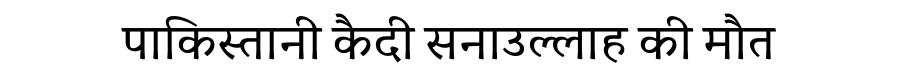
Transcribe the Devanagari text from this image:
पाकिस्तानी कैदी सनाउल्लाह की मौत